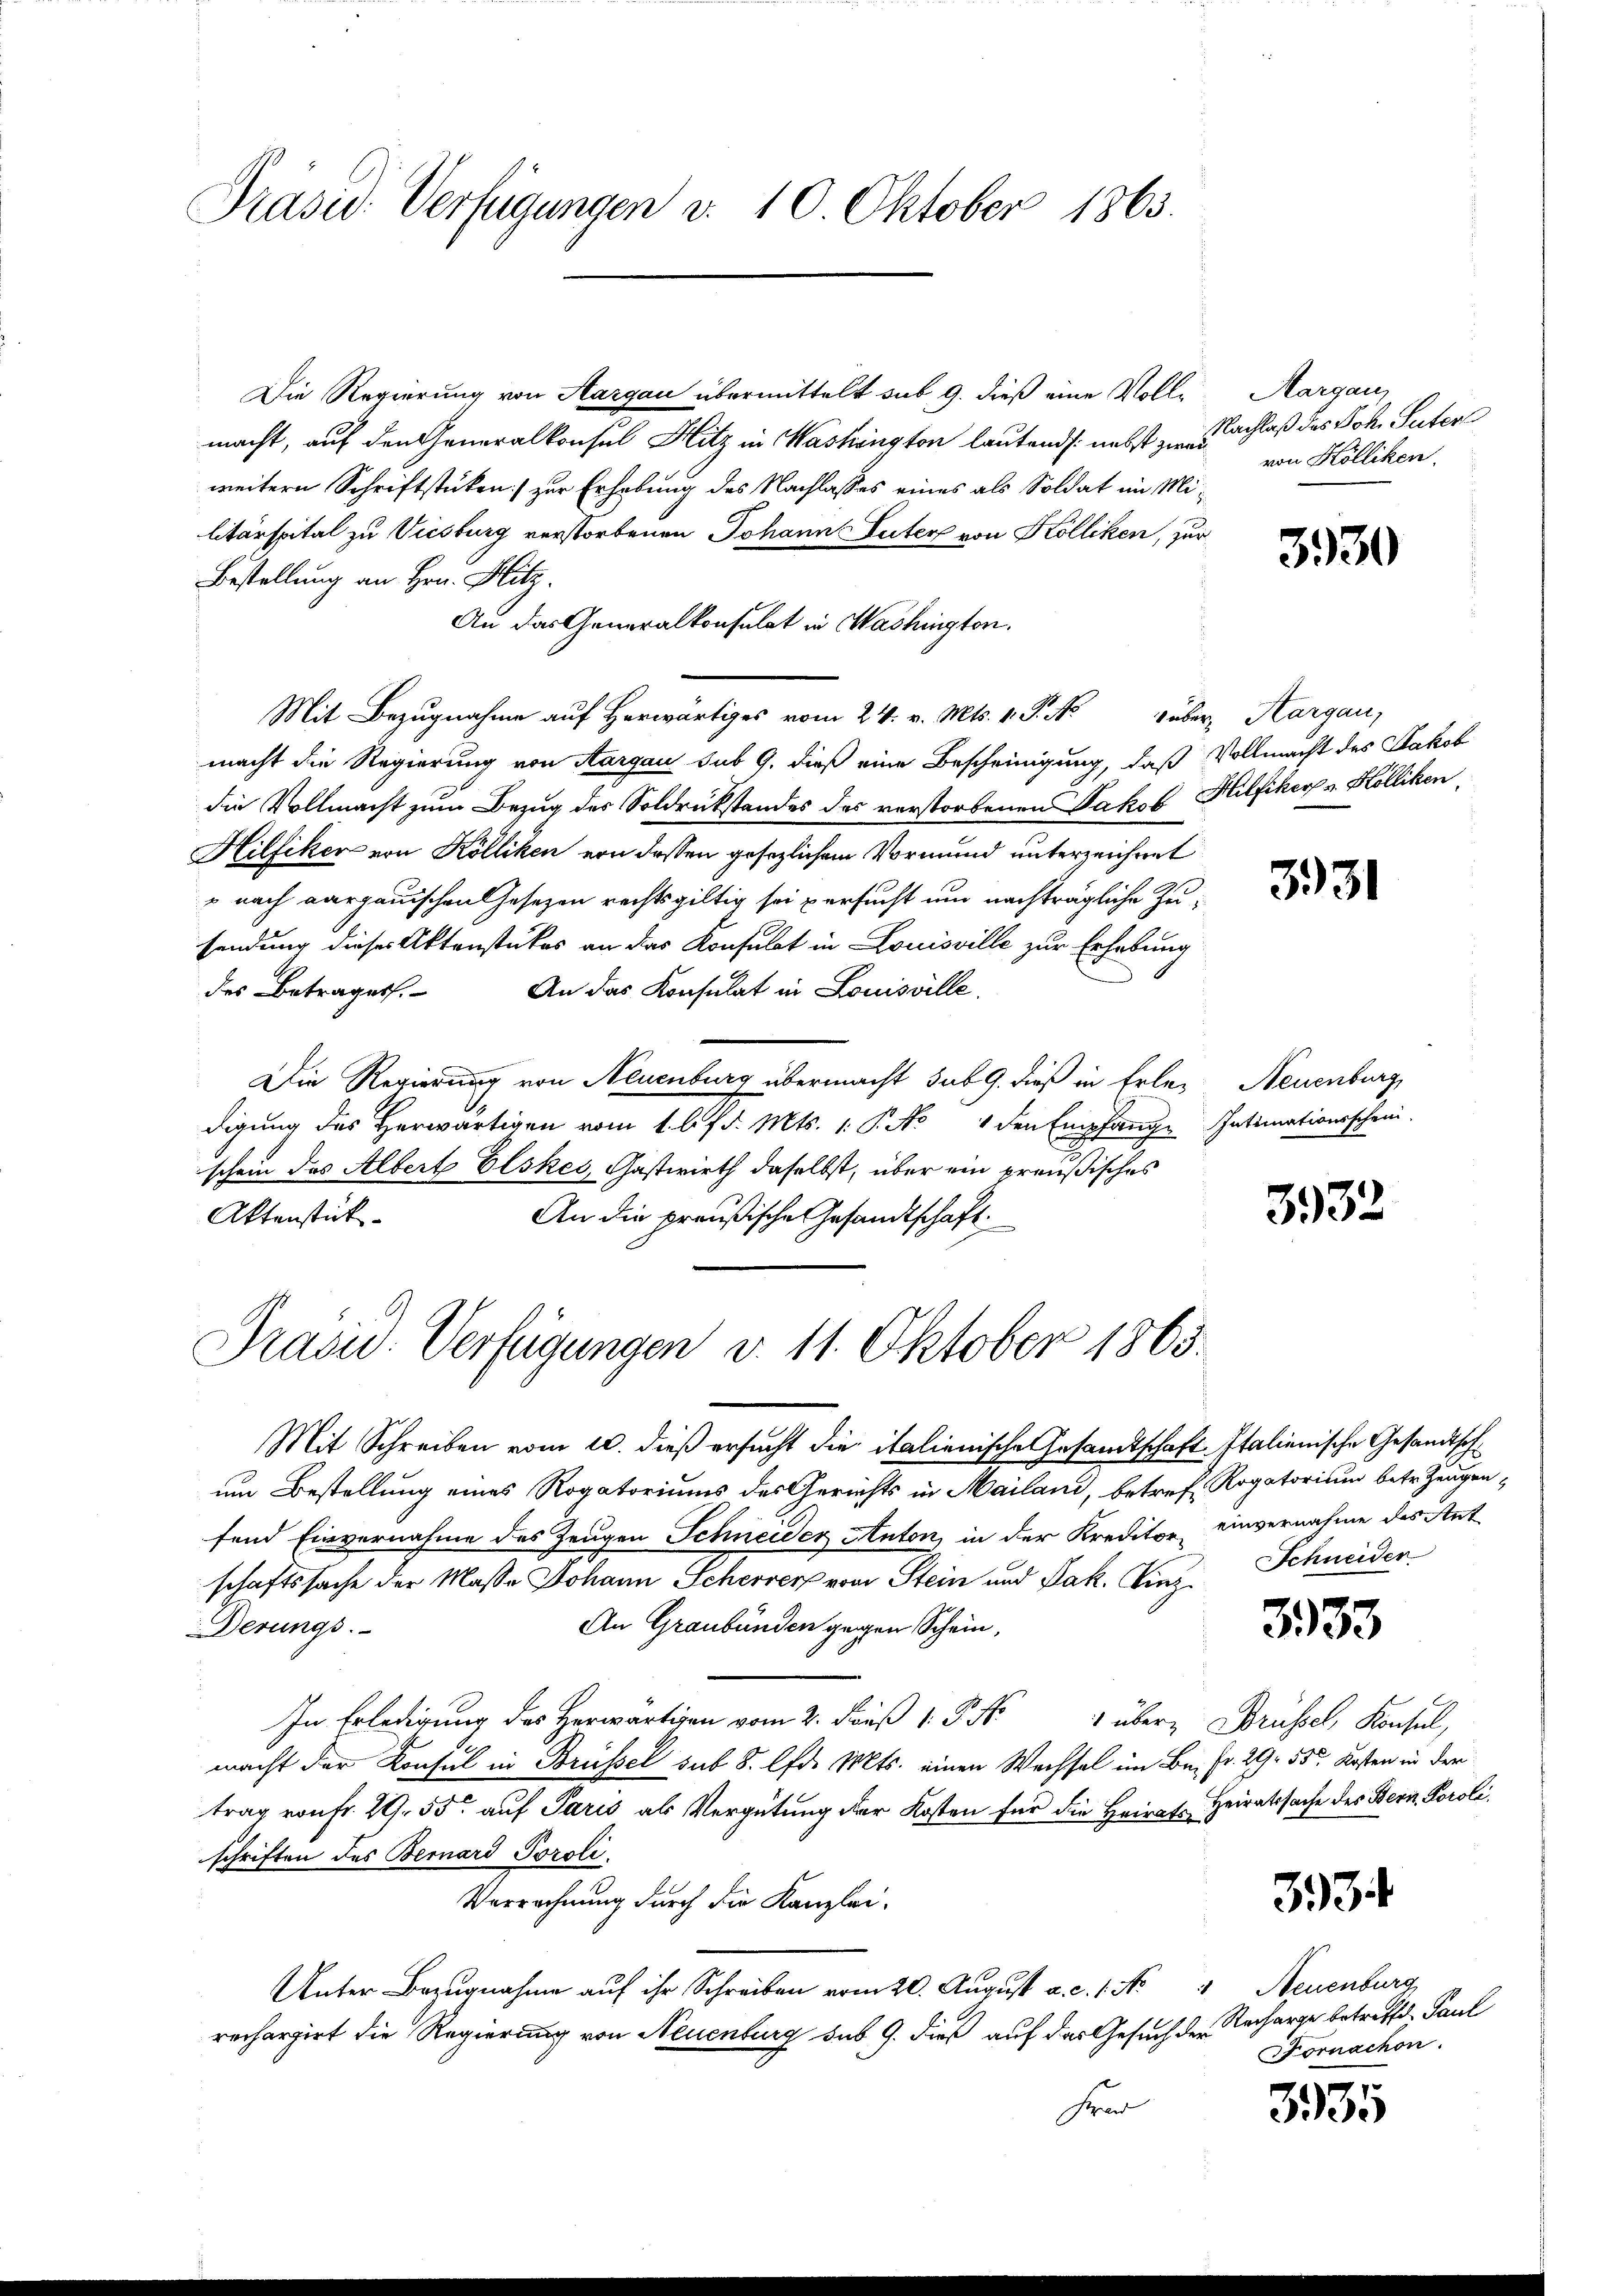
Präsid. Verfügungen v. 10. Oktober 1863.

Die Regierung von Aargau übermittelt sub 9. dieß eine Vollmacht, auf den Generalkonsul Hitz in Washington lautends nebst zwai
weitern Schriftstücken) zur Erhebung des Nachlasses eines als Soldat im Militärspital zu Vicsburg verstorbenen Johann Luter von Kölliken, zur
Bestellung an Hrn. Blitz.
An das Generalkonsulat in Washington.
Mit Bezugnahme auf herwärtiges vom 24. v. Mts. v. P. N. über, Aargau,
macht die Regierung von Aargau sub 9. dieß eine Bescheinigung, daß Vollmacht des Jakob
die Vollmacht zum Bezug des Soldrückstandes des verstorbenen Jakob Hilfiker-Kölliken,
Hilfiker von Kölliken von dessen gesezlichem Vormund unterzeichnet
" nach Aargauischen Gesetzen rechtsgültig sei versucht und nachträgliche Zusendung dieses Aktenstükes an das Konsulat in Louisville zur Erhebung
des Betrages.
An das Konsulat in Louisville.
Die Regierung von Neuenburg übermacht sub 9. dieß in Erledigung des Herwärtigen vom 1. l. f d. Mts. 1. P. No 1 den Empfange Intimationsschein.
schon des Albert Elskes, Gastwirth daselbst, über ein preußisches
Aktenstück
An die preußische Gesandtschaft:

Präsid. Verfügungen d. 11. Oktober 1865.

Aargau,
Nachlaß des Joh. Suter
von Kölliken.

3930

Mit Schreiben vom 10. dieß ersucht die italienische Gesamtschaft Italienische Gesandtsch
um Bestellung eines Rogatoriums des Gerichts in Mailand, betref Rogatorium betr. Zeugenfend Einvernahme des Zeugen Schneider Anton, in der Kreditor einvernahme des Ant
schaftssache der Masse Johann Schevers vom Stein und Jak. Vinz
An Graubünden gegen Schein,
Derungs
les. über Brüssel, Konsul,
macht der Konsul in Brüssel sub 8. lfd. Mts. einen Wechsel im Be- Fr. 29. 55. Kosten in der
trag von fr. 29. 55 auf Paris als Vergütung der Kosten für die Heirat Heiratssache des Bern Poroli
schriften des Bernard Toroli
Verrechnung durch die Kanzlei-
Unter Bezugnahme auf ihr Schreiben vom 20. August a. c. 1. No
rechargirt die Regierung von Neuenburg sub 9. dieß auf das Gesuch der Recharge betreffe. Paul
Hrad

3931

Neuenburg,

3932

Schneider

3333

3934

Neuenburg
Fomachen.

3935